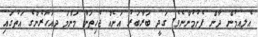
އެލއމުން ދާން ފެށުމުންނެވެ. ގަދީ ބަރާބަރު އަށެއް ޖެހިތަނާ މަންމަ ދއަހަރެންގެ އަތުގައި